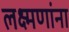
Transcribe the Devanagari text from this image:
लक्ष्मणांना